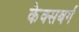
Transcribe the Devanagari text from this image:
केक्सबर्ग